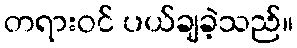
တရားဝင် ပယ်ချခဲ့သည်။